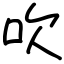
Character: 吹